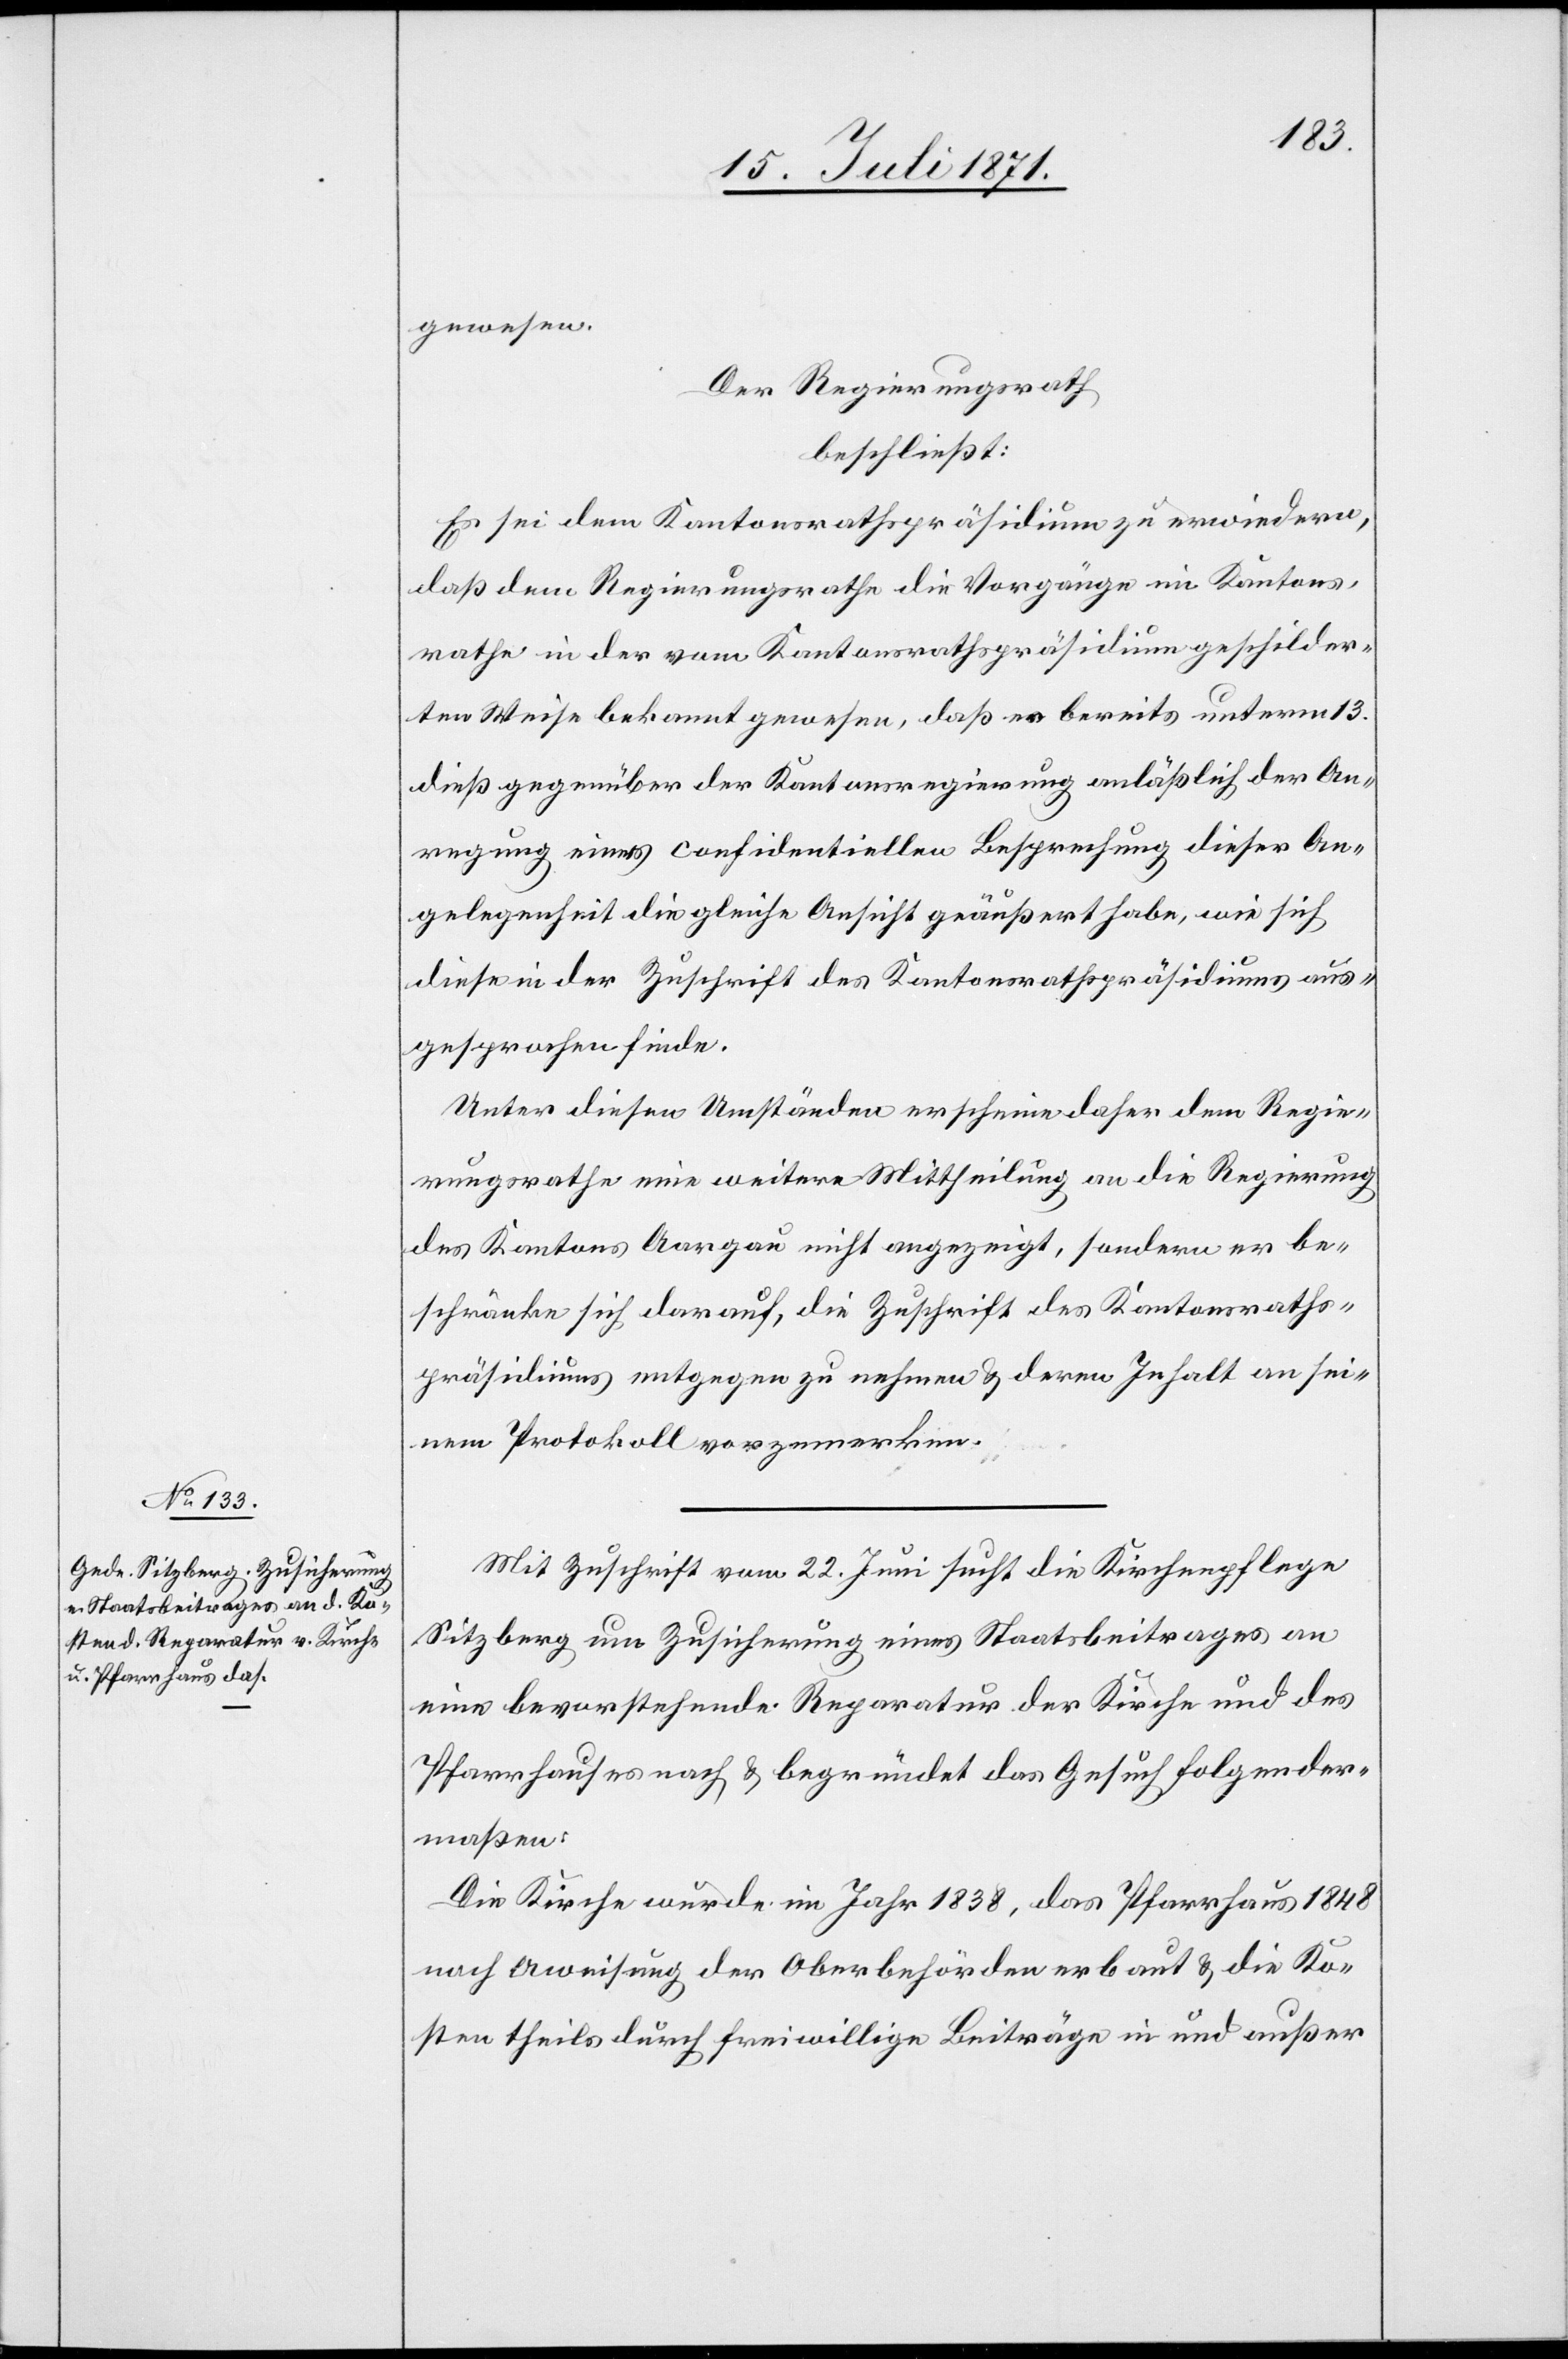
gewesen.
Der Regierungsrath
beschließt:
Es sei dem Kantonsrathspräsidium zu erwiedern,
daß dem Regierungsrathe die Vorgänge im Kantons¬
rathe in der vom Kantonsrathspräsidium geschilder¬
ten Weise bekannt gewesen, daß es bereits unterm 13.
dieß gegenüber der Kantonsregierung anläßlich der An¬
regung einer confidentiellen Besprechung dieser An¬
gelegenheit die gleiche Ansicht geäußert habe, wie sich
diese in der Zuschrift des Kantonsrathspräsidiums aus¬
gesprochen finde.
Unter diesen Umständen erscheine daher dem Regie¬
rungsrathe eine weitere Mittheilung an die Regierung
des Kantons Aargau nicht angezeigt, sondern er be¬
schränke sich darauf, die Zuschrift des Kantonsraths¬
präsidiums entgegen zu nehmen u. deren Inhalt an sei¬
nem Protokoll vorzumerken.
Mit Zuschrift vom 22. Juni sucht die Kirchenpflege
Sitzberg um Zusicherung eines Staatsbeitrages an
eine bevorstehende Reparatur der Kirche und des
Pfarrhauses nach u. begründet das Gesuch folgender¬
maßen:
Die Kirche wurde im Jahr 1838, das Pfarrhaus 1848
nach A[n]weisung der Oberbehörden erbaut u. die Ko¬
sten theils durch freiwillige Beiträge in und außer